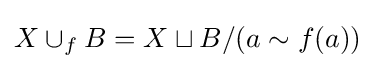
X\cup _{f}B=X\sqcup B/(a\sim f(a))